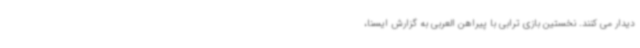
دیدار می کنند. نخستین بازی ترابی با پیراهن العربی به گزارش ایسنا،